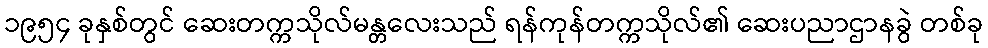
၁၉၅၄ ခုနှစ်တွင် ဆေးတက္ကသိုလ်မန္တလေးသည် ရန်ကုန်တက္ကသိုလ်၏ ဆေးပညာဌာနခွဲ တစ်ခု